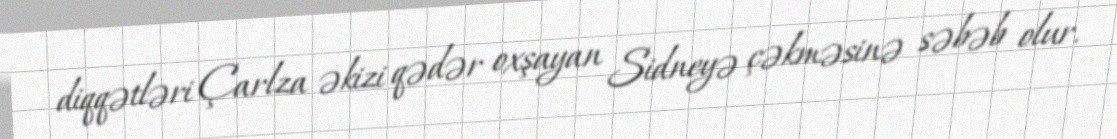
diqqətləri Çarlza əkizi qədər oxşayan Sidneyə çəkməsinə səbəb olur.